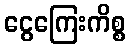
ငွေကြေးကိစ္စ